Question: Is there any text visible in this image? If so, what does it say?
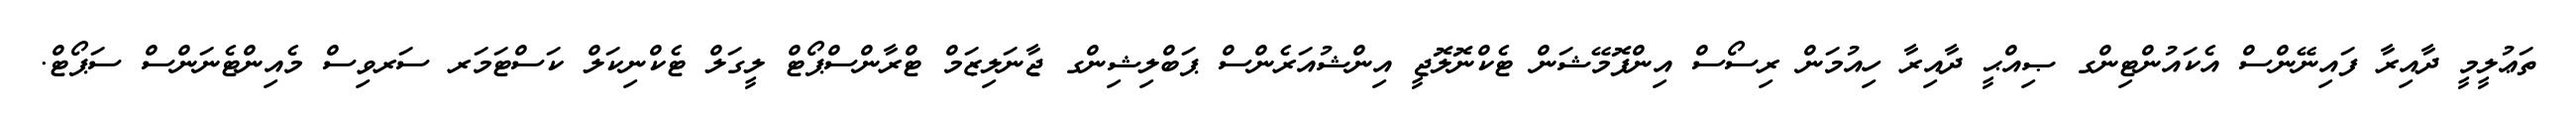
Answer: ތަޢުލީމީ ދާއިރާ ފައިނޭންސް އެކައުންޓިންގ ޞިއްޙީ ދާއިރާ ހިއުމަން ރިސޯސް އިންފޮމޭޝަން ޓެކްނޮލޮޖީ އިންޝުއަރެންސް ޕަބްލިޝިންގ ޖާނަލިޒަމް ޓްރާންސްޕޯޓް ލީގަލް ޓެކްނިކަލް ކަސްޓަމަރ ސަރވިސް މެއިންޓެނަންސް ސަޕޯޓް.